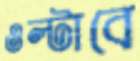
ওল্টাবে